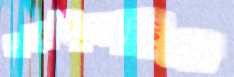
লড়াইয়াছিস